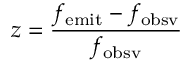
z = { \frac { f _ { \mathrm { e m i t } } - f _ { \mathrm { o b s v } } } { f _ { \mathrm { o b s v } } } }